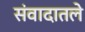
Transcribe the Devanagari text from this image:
संवादातले